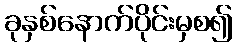
ခုနှစ်နောက်ပိုင်းမှစ၍